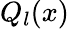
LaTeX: Q_{l}(x)